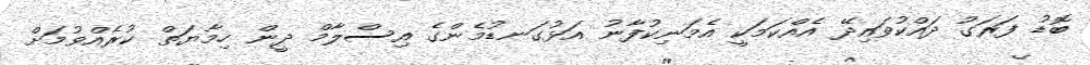
ބޮޑު ފަރަގު ދައްކުވައިދޭ އެއްކަމަކީ އެމަނިކުފާނު އަޅުގަނޑުމެންގެ އިސްލާމް ދީން ހިމާޔަތް ކުރެއްވުމަށް